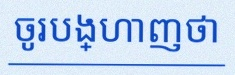
ចូរបង្ហាញថា